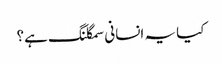
کیا یہ انسانی سمگلنگ ہے؟